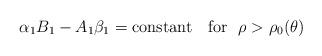
LaTeX: \begin{align*}\alpha_1 B_1- A_1 \beta_1={\rm constant}\ \ \ {\rm for}\ \ \rho>\rho_0(\theta)\end{align*}